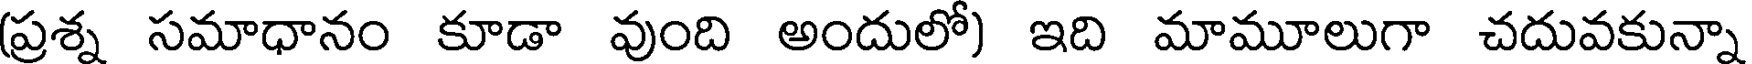
(ప్రశ్న సమాధానం కూడా వుంది అందులో) ఇది మామూలుగా చదువకున్నా